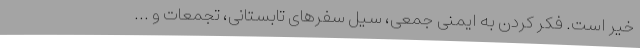
خیر است. فکر کردن به ایمنی جمعی، سیل سفرهای تابستانی، تجمعات و ...